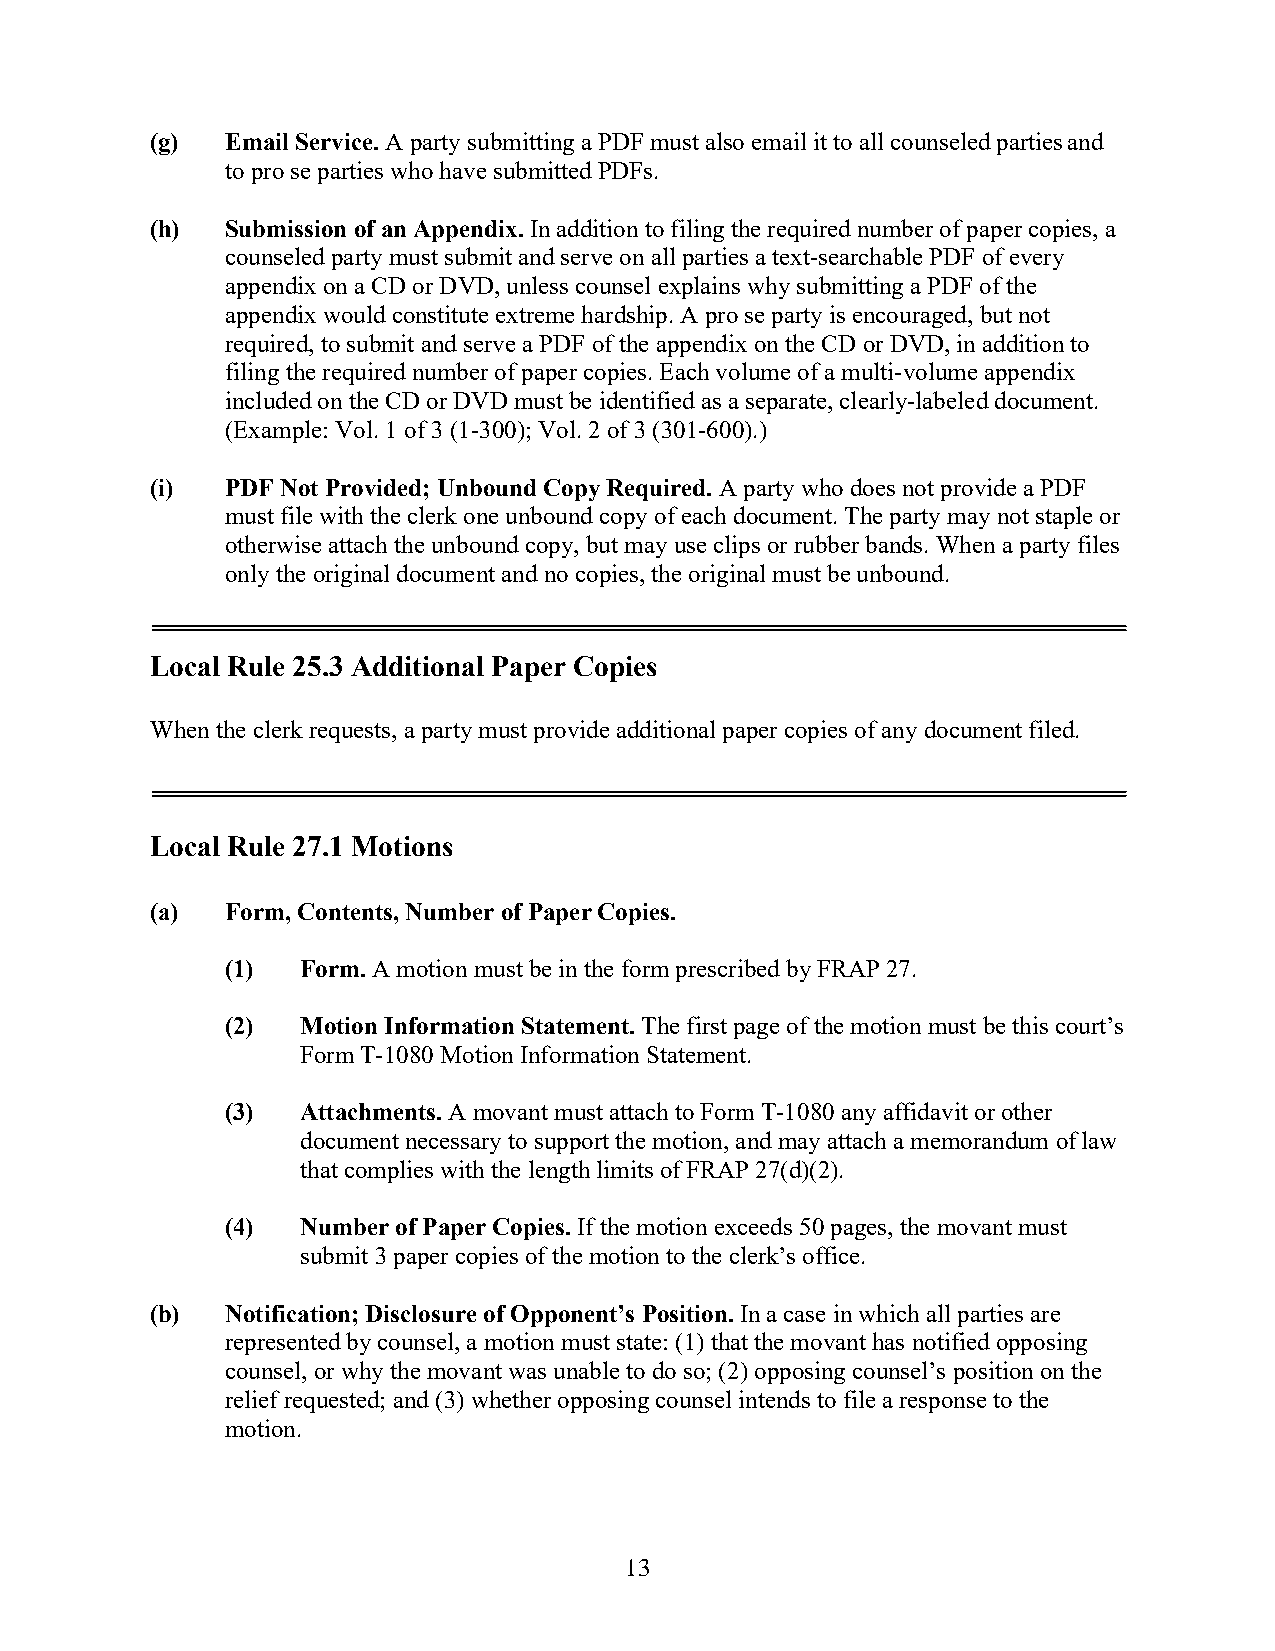
(g)  Email Service. A party submitting a PDF must also email it to all counseled parties and
 to pro se parties who have submitted PDFs.
 (h)  Submission of an Appendix. In addition to filing the required number of paper copies, a
 counseled party must submit and serve on all parties a text-searchable PDF of every
 appendix on a CD or DVD, unless counsel explains why submitting a PDF of the
 appendix would constitute extreme hardship. A pro se party is encouraged, but not
 required, to submit and serve a PDF of the appendix on the CD or DVD, in addition to
 filing the required number of paper copies. Each volume of a multi-volume appendix
 included on the CD or DVD must be identified as a separate, clearly-labeled document.
 (Example: Vol. 1 of 3 (1-300); Vol. 2 of 3 (301-600).)
 (i)  PDF Not Provided; Unbound Copy Required. A party who does not provide a PDF
 must file with the clerk one unbound copy of each document. The party may not staple or
 otherwise attach the unbound copy, but may use clips or rubber bands. When a party files
 only the original document and no copies, the original must be unbound.
 Local Rule 25.3 Additional Paper Copies
 When the clerk requests, a party must provide additional paper copies of any document filed.
 Local Rule 27.1 Motions
 (a)  Form, Contents, Number of Paper Copies.
 (1)  Form. A motion must be in the form prescribed by FRAP 27.
 (2)  Motion Information Statement. The first page of the motion must be this court’s
 Form T-1080 Motion Information Statement.
 (3)  Attachments. A movant must attach to Form T-1080 any affidavit or other
 document necessary to support the motion, and may attach a memorandum of law
 that complies with the length limits of FRAP 27(d)(2).
 (4)  Number of Paper Copies. If the motion exceeds 50 pages, the movant must
 submit 3 paper copies of the motion to the clerk’s office.
 (b)  Notification; Disclosure of Opponent’s Position. In a case in which all parties are
 represented by counsel, a motion must state: (1) that the movant has notified opposing
 counsel, or why the movant was unable to do so; (2) opposing counsel’s position on the
 relief requested; and (3) whether opposing counsel intends to file a response to the
 motion.
 13